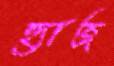
হ্যাজ